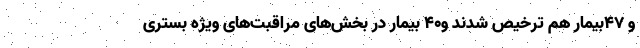
و ۴۷بیمار هم ترخیص شدند و۴۰ بیمار در بخش‌های مراقبت‌های ویژه بستری